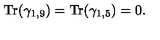
{ \mathrm { T r } } ( \gamma _ { 1 , 9 } ) = { \mathrm { T r } } ( \gamma _ { 1 , 5 } ) = 0 .